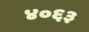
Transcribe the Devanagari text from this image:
४०६३